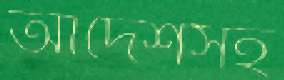
আদেশসহ